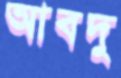
আবদু